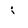
Character: j